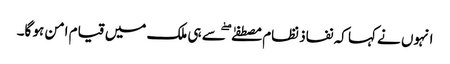
انہوں نے کہا کہ نفاذ نظام مصطفےٰ ۖ سے ہی ملک میں قیام امن ہو گا۔